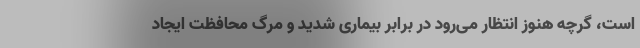
است، گرچه هنوز انتظار می‌رود در برابر بیماری شدید و مرگ محافظت ایجاد